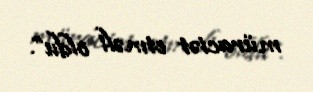
müraciət etməli oldu”.